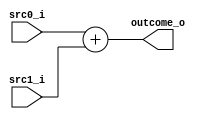
module Add(
  input  [31:0] src0_i,
  input  [31:0] src1_i,
  output [31:0] outcome_o
  );
  reg [31:0] outcome;
  always@(*)
  begin
    outcome = src0_i + src1_i;
  end
  assign outcome_o = outcome;
endmodule